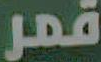
قمر